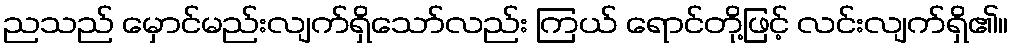
ညသည် မှောင်မည်းလျက်ရှိသော်လည်း ကြယ် ရောင်တို့ဖြင့် လင်းလျက်ရှိ၏။